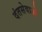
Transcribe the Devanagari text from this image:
दंतसेवाओं